Lunatic asylums in Bengal annual reports 1912-1924 - 1912-1924
Year: 1912
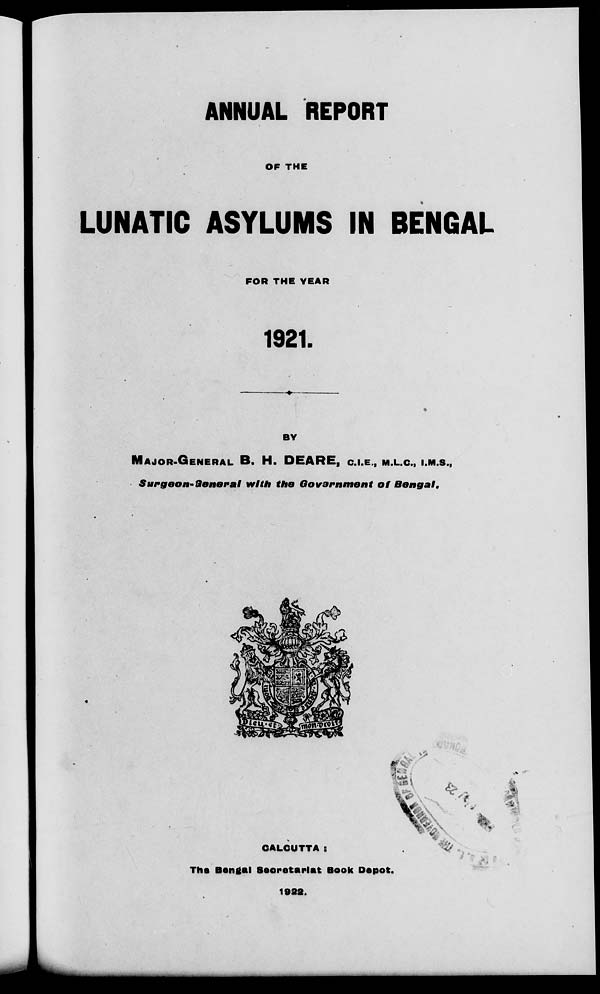
ANNUAL REPORT
OF THE
LUNATIC ASYLUMS IN BENGAL
FOR THE YEAR
1921.
BY
MAJOR-GENERAL B. H. DEARE, C.I.E., M.L.C., I.M.S.,
Surgeon-General with the Government of Bengal.
CALCUTTA :
The Bengal Secretariat Book Depot.
1922.